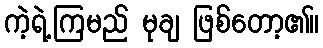
ကဲ့ရဲ့ကြမည် မုချ ဖြစ်တော့၏။